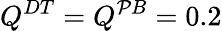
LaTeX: Q^{DT}=Q^{\mathcal{P}B}=0.2